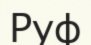
Руф